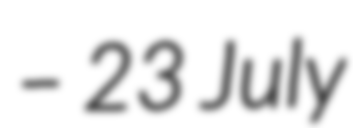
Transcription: – 23 July